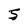
Character: S